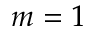
m = 1